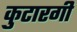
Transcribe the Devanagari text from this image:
कुटारगी